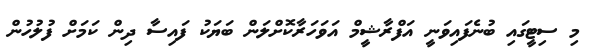
މި ސިޓީގައި ބުނެފައިވަނީ އަފްރާޝީމް އަވަހަރާކޮށްލަން ބަޔަކު ފައިސާ ދިން ކަމަށް ފުލުހުން